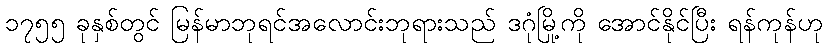
၁၇၅၅ ခုနှစ်တွင် မြန်မာဘုရင်အလောင်းဘုရားသည် ဒဂုံမြို့ကို အောင်နိုင်ပြီး ရန်ကုန်ဟု